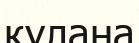
қулана